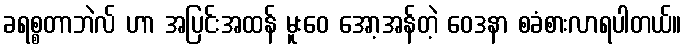
ခရစ္စတာဘဲလ် ဟာ အပြင်းအထန် မူးဝေ အော့အန်တဲ့ ဝေဒနာ စခံစားလာရပါတယ်။